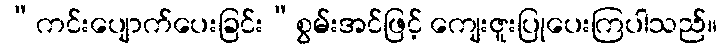
“ကင်းပျောက်ပေးခြင်း”စွမ်းအင်ဖြင့် ကျေးဇူးပြုပေးကြပါသည်။